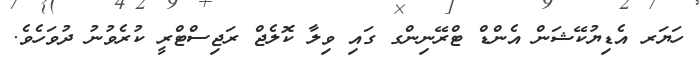
ހަޔަރ އެޑިޔުކޭޝަން އެންޑް ޓްރޭނިންގ ގައި ވިލާ ކޮލެޖް ރަޖިސްޓްރީ ކުރެވުނު ދުވަހެވެ.